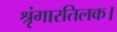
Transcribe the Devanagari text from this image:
श्रृंगारतिलक।